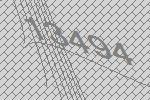
13494